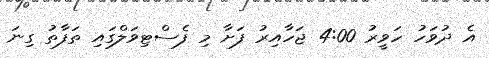
އެ ދުވަހު ހަވީރު 4:00 ޖަހާއިރު ފަށާ މި ފެސްޓިވަލްގައި ތަފާތު ގިނަ